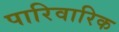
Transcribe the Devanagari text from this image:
पारिवारिक